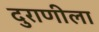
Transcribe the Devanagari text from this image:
दुराणीला